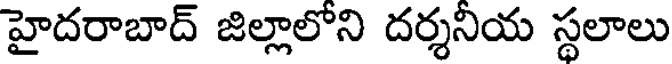
హైదరాబాద్ జిల్లాలోని దర్శనియ స్థలాలు